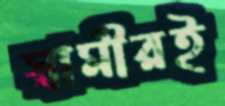
স্বামীরই